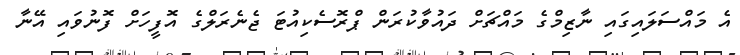
އެ މައްސަލައިގައި ނާޒިމްގެ މައްޗަށް ދައުވާކުރަން ޕްރޮސެކިއުޓަ ޖެނެރަލްގެ އޮފީހަށް ފޮނުވައި އޭނާ